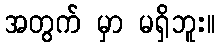
အတွက် မှာ မရှိဘူး။